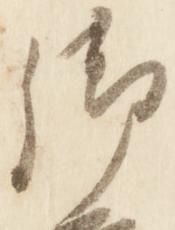
御